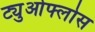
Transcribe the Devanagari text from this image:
ट्युओफ्लोस